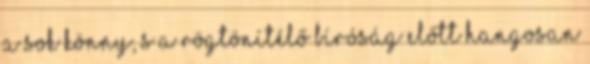
a sok könny, s a rögtönítélő bíróság előtt hangosan